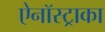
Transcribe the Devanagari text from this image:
ऐनॉस्ट्राका